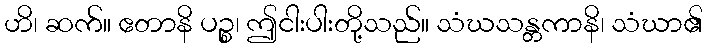
ဟိ၊ ဆက်။ ဧတာနိ ပဉ္စ၊ ဤငါးပါးတို့သည်။ သံဃသန္တကာနိ၊ သံဃာ၏